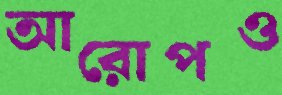
আরোপও